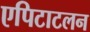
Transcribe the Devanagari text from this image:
एपिटाटलन